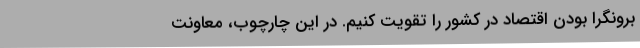
برونگرا بودن اقتصاد در کشور را تقویت کنیم. در این چارچوب، معاونت